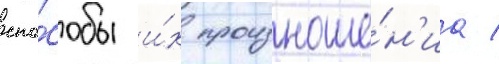
спо́собы и́х произноше́н'иа /